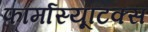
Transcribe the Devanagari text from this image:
फार्मास्यूटिक्स